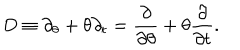
LaTeX: D \equiv \partial _ { \theta } + \theta \partial _ { t } = \frac { \partial } { \partial \theta } + \theta \frac { \partial } { \partial t } .